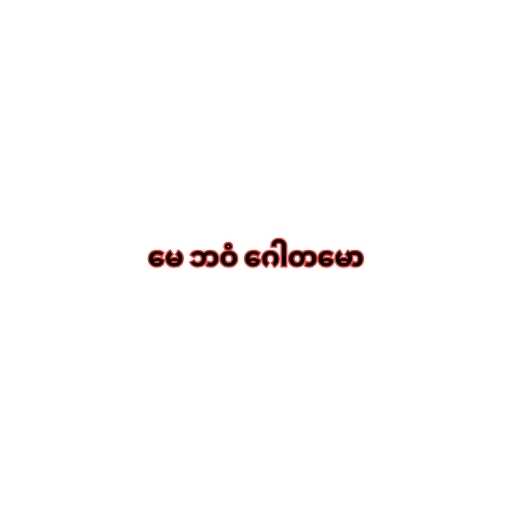
မေ ဘဝံ ဂေါတမော